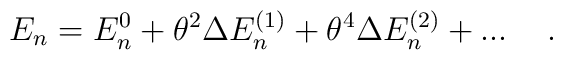
E_{n}=E_{n}^{0}+\theta^{2}\Delta E_{n}^{(1)}+\theta^{4}\Delta E_{n}^{(2)}+...\hspace{.5 cm .}